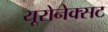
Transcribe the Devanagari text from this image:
यूरोनेक्सट